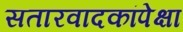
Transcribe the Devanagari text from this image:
सतारवादकांपेक्षा